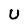
Character: U